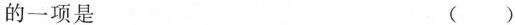
的一项是 ( )